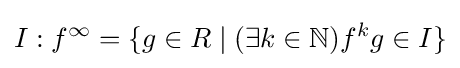
I:f^{\infty }=\{g\in R\mid (\exists k\in \mathbb {N} )f^{k}g\in I\}